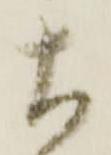
大